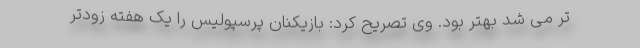
تر می شد بهتر بود. وی تصریح کرد: بازیکنان پرسپولیس را یک هفته زودتر